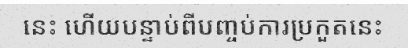
នេះ ហើយបន្ទាប់ពីបញ្ចប់ការប្រកួតនេះ